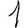
Digit: 1